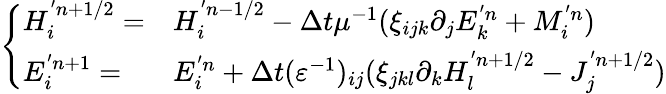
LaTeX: \left\{ \begin{array}{ll}{H_{i}^{'n+1/2}=}&{H_{i}^{'n-1/2}-\Delta t\mu^{-1}(\xi_{ijk}\partial_{j}E_{k}^{'n}+M_{i}^{'n})}\\ {E_{i}^{'n+1}=}&{E_{i}^{'n}+\Delta t(\varepsilon^{-1})_{ij}(\xi_{jkl}\partial_{k}H_{l}^{'n+1/2}-J_{j}^{'n+1/2})}\end{array}\right.